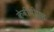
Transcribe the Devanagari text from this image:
केवीपीएस